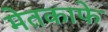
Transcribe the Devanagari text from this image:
मेतकाफे